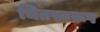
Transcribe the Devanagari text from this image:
चितस्वरूप